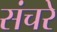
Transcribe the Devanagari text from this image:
संचरे